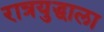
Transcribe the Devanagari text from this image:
रात्रयुद्धाला